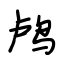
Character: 鸬